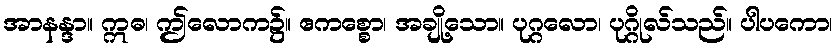
အာနန္ဒာ။ ဣဓ၊ ဤလောက၌။ ဧကစ္စော၊ အချို့သော။ ပုဂ္ဂလော၊ ပုဂ္ဂိုလ်သည်။ ပါပကော၊